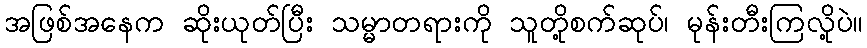
အဖြစ်အနေက ဆိုးယုတ်ပြီး သမ္မာတရားကို သူတို့စက်ဆုပ်၊ မုန်းတီးကြလို့ပဲ။